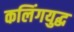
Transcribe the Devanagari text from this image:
कलिंगयुद्ध